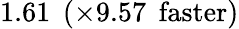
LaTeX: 1.61\: \: (\times 9.57\: \: \mathrm{faster})